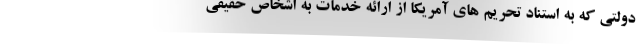
دولتی که به استناد تحریم های آمریکا از ارائه خدمات به اشخاص حقیقی